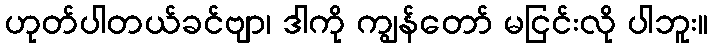
ဟုတ်ပါတယ်ခင်ဗျာ၊ ဒါကို ကျွန်တော် မငြင်းလို ပါဘူး။